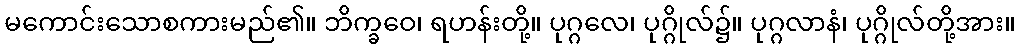
မကောင်းသောစကားမည်၏။ ဘိက္ခဝေ၊ ရဟန်းတို့။ ပုဂ္ဂလေ၊ ပုဂ္ဂိုလ်၌။ ပုဂ္ဂလာနံ၊ ပုဂ္ဂိုလ်တို့အား။